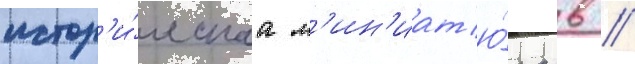
истор'и́ческаа м'ин'иат'ю́ра в //